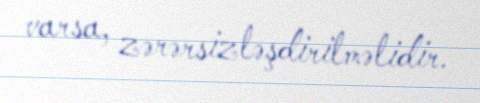
varsa, zərərsizləşdirilməlidir.